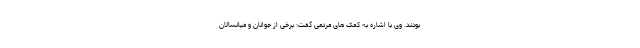
بودند. وی با اشاره به کمک های مردمی گفت: برخی از جوانان و میانسالان